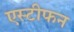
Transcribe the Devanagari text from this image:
एस्टीफन